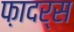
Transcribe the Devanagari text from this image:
फ़ादर्स